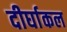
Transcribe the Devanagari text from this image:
दीर्घाकल